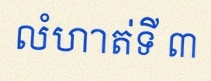
លំហាត់ទី ៣